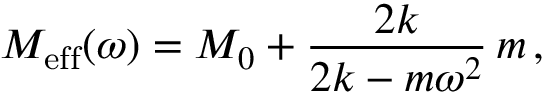
M _ { \mathrm { e f f } } ( \omega ) = M _ { 0 } + \frac { 2 k } { 2 k - m \omega ^ { 2 } } \, m \, ,